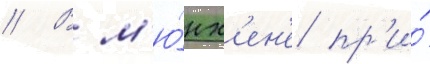
// В м'ю́нх'ен'е пр'и́